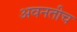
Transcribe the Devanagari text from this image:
अवनतीच